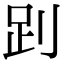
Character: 𧿀